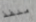
منفذ